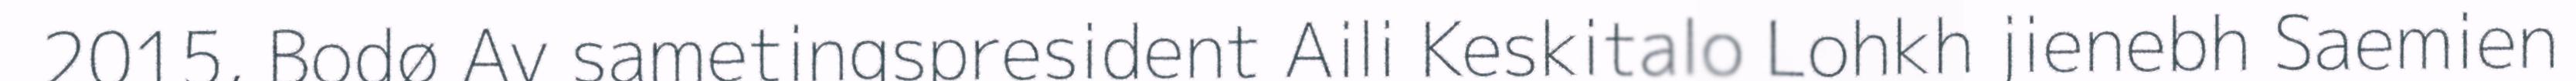
2015, Bodø Av sametingspresident Aili Keskitalo Lohkh jienebh Saemien